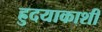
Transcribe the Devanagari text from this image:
ह्रुदयाकाशीं